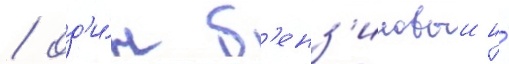
/ од'и́н б'енз'иновыи и́